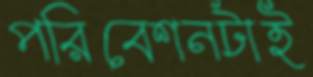
পরিবেশনটাই